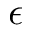
\epsilon